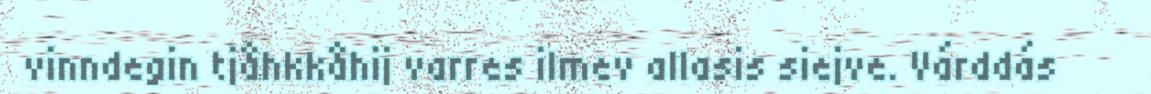
vinndegin tjåhkkåhij varres ilmev allasis siejve. Várddás